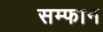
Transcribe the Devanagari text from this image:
सम्फान